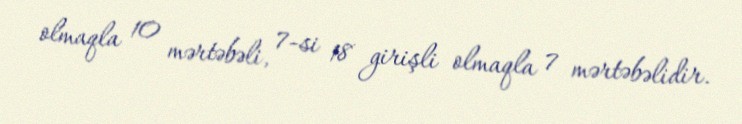
olmaqla 10 mərtəbəli, 7-si 18 girişli olmaqla 7 mərtəbəlidir.